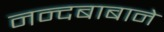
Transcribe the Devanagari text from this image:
नन्दबाबाने